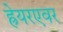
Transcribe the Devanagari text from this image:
ह्रेयरएवर